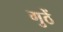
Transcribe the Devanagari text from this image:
गुठें